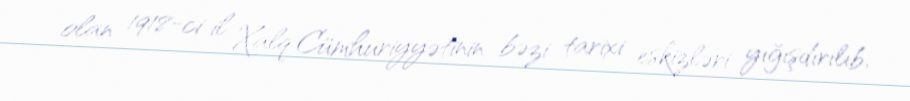
olan 1918-ci il Xalq Cümhuriyyətinin bəzi tarixi eskizləri yığışdırılıb,